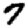
Digit: 7